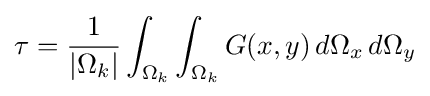
\tau ={\frac {1}{|\Omega _{k}|}}\int _{\Omega _{k}}\int _{\Omega _{k}}G(x,y)\,d\Omega _{x}\,d\Omega _{y}